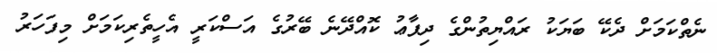
ނެތްކަމަށް ދެކޭ ބަޔަކު ރައްޔިތުންގެ ދިފާޢު ކޮއްދޭނެ ބޭރުގެ އަސްކަރީ އެހީތެރިކަމަށް މިފަހަރު